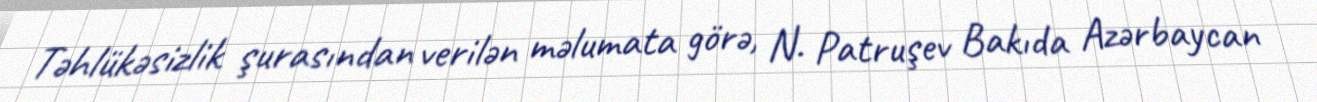
Təhlükəsizlik şurasından verilən məlumata görə, N. Patruşev Bakıda Azərbaycan